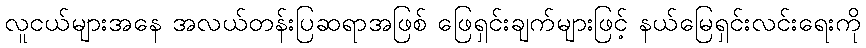
လူငယ်များအနေ အလယ်တန်းပြဆရာအဖြစ် ဖြေရှင်းချက်များဖြင့် နယ်မြေရှင်းလင်းရေးကို